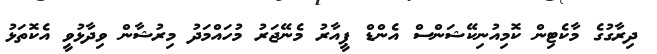
ދިރާގުގެ މާކެޓިން ކޮމިއުނިކޭޝަންސް އެންޑް ޕީއާރު މެނޭޖަރު މުހައްމަދު މިރުޝާން ވިދާޅުވީ އެކޮތަޅު